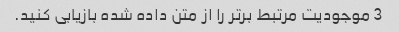
3 موجودیت مرتبط برتر را از متن داده شده بازیابی کنید.